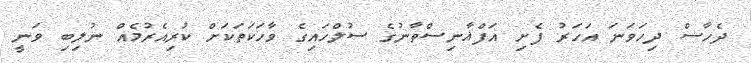
ދެހާސް ދިހަވަނަ އަހަރު ފެށި އަފްޣާނިސްތާނުގެ ސުލްހައިގެ ވާހަކަތަކަށް ކުރިއެރުމެއް ނުލިބި ވަނީ